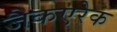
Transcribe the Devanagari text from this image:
जैकएरेक